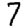
Digit: 7